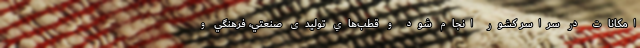
امكانات در سراسر كشور انجام شود و قطب‌هاي تولیدی صنعتي، فرهنگي و